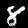
Label: 8